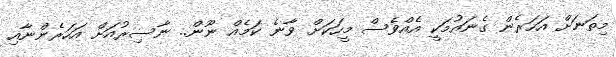
މިތަނަށް އަހަރެން ގެނައުމަކީ އެއްވެސް މީހަކަށް ވާނެ ކަމެއް ނޫން.. ނާސިރުއަށް އަހަރެންނާއި